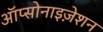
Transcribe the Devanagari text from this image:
ऑप्सोनाइज़ेशन